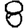
Digit: 8